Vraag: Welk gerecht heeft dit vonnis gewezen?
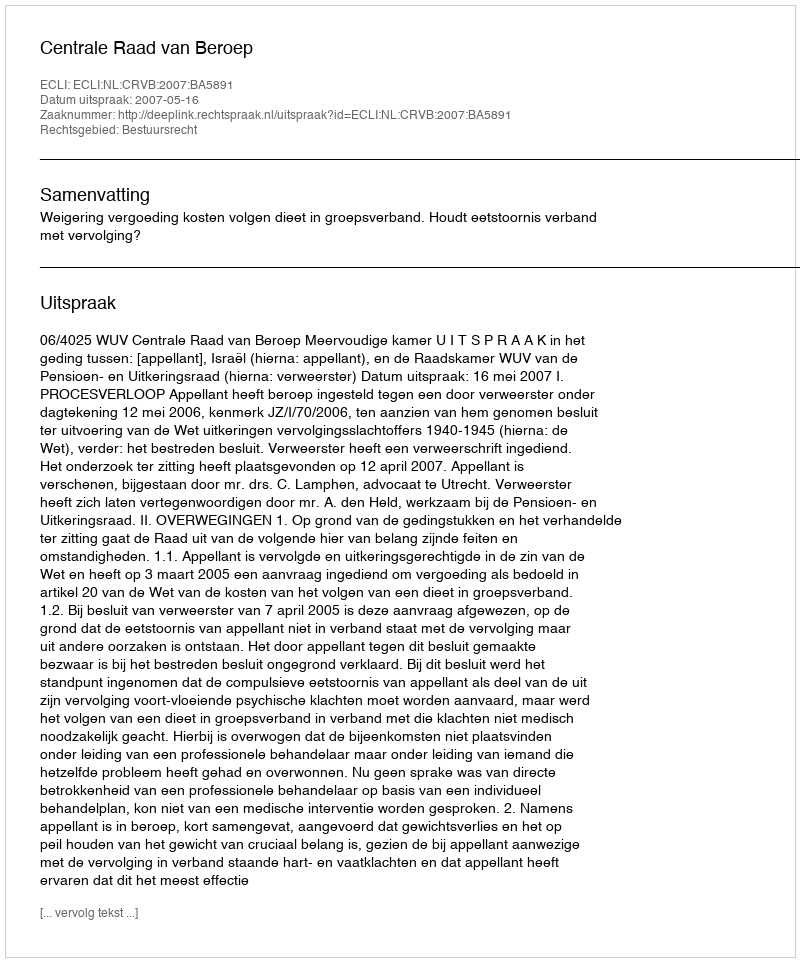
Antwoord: Centrale Raad van Beroep